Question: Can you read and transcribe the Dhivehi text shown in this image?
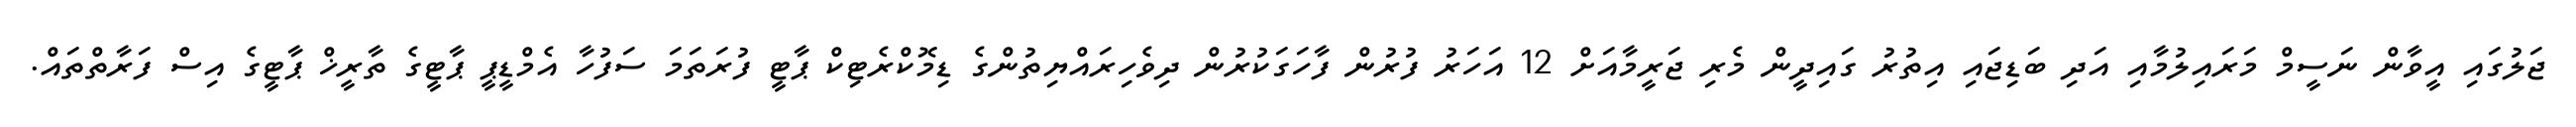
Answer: ޖަލުގައި އީވާން ނަސީމް މަރައިލުމާއި އަދި ބަޑިޖައި އިތުރު ގައިދީން މެރި ޖަރީމާއަށް 12 އަހަރު ފުރުން ފާހަގަކުރުން ދިވެހިރައްޔިތުންގެ ޑިމޮކްރެޓިކް ޕާޓީ ފުރަތަމަ ސަފުހާ އެމްޑީޕީ ޕާޓީގެ ތާރީޚް ޕާޓީގެ އިސް ފަރާތްތައް.